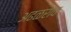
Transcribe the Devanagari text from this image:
अढळराव